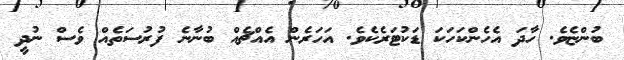
ބުންޏެވެ. ހާދަ އެހެންކަހަކަ ޑަކުޓަރެކެވެ. އަހަރެން އެއްޗެއް ބުނާނެ ފުރުސަތެއް ވެސް ނުދީ